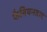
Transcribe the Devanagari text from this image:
फैबियनवाद